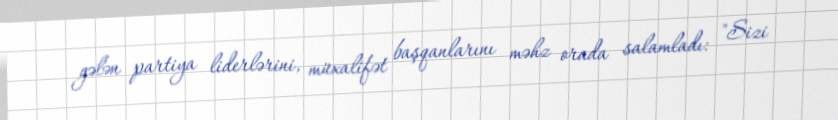
gələn partiya liderlərini, müxalifət başqanlarını məhz orada salamladı: "Sizi